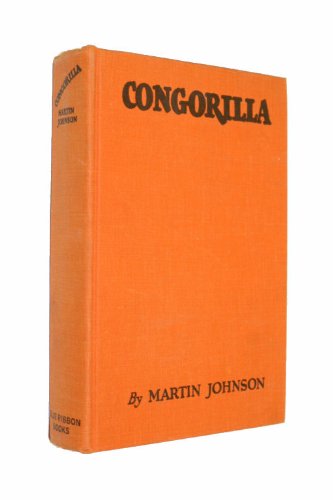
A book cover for Congorilla;: Adventures with pygmies and gorillas in Africa; Martin Johnson; Travel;